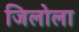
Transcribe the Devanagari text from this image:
जिलोला